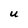
Character: U